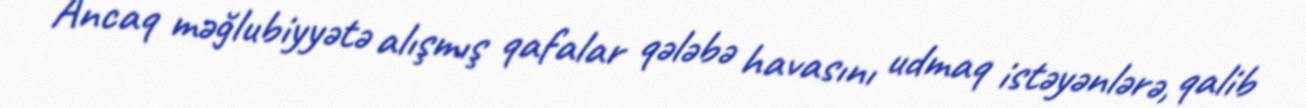
Ancaq məğlubiyyətə alışmış qafalar qələbə havasını udmaq istəyənlərə, qalib